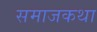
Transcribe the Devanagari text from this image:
समाजकथा